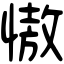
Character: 慠